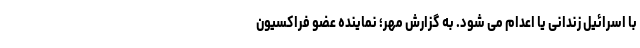
با اسرائیل زندانی یا اعدام می شود. به گزارش مهر؛ نماینده عضو فراکسیون